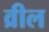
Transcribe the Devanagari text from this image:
व्रील